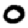
Digit: 0